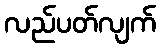
လည်ပတ်လျက်